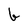
Character: b